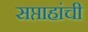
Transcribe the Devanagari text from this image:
सप्ताहांची